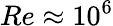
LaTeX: Re\approx 10^{6}